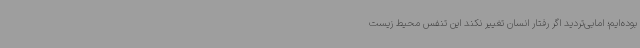
بوده‌ایم؛ امابی‌تردید اگر رفتار انسان تغییر نکند این تنفس محیط زیست